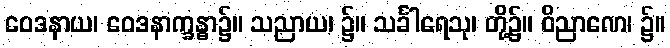
ဝေဒနာယ၊ ဝေဒနာက္ခန္ဓာ၌။ သညာယ၊ ၌။ သင်္ခါရေသု၊ တို့၌။ ဝိညာဏေ၊ ၌။